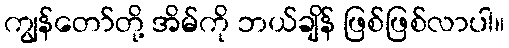
ကျွန်တော်တို့ အိမ်ကို ဘယ်ချိန် ဖြစ်ဖြစ်လာပါ။